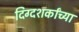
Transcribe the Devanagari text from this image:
दिग्दशर्कांच्या